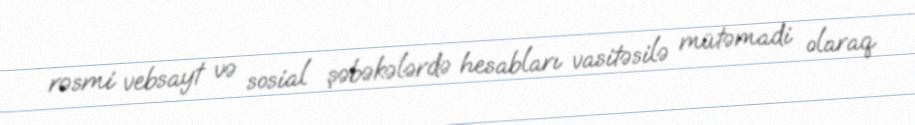
rəsmi vebsayt və sosial şəbəkələrdə hesabları vasitəsilə mütəmadi olaraq